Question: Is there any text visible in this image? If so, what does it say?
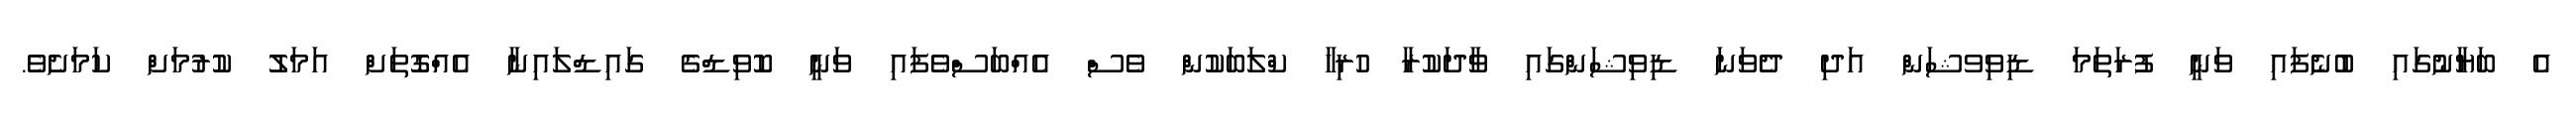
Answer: އެ ބަޔާނުގައި ބުނެފައި ވަނީ ފުރަތަމަ ޑިވިވޝަން އަދި ދެވަނަ ޑިވިޝަންގައި ވާދަކުރާ ހުރިހާ ކްލަބަކުން ވެސް އެއްބަސްވެފައި ވަނީ ކޮވިޑްގެ ގައިޑްލައިނާ އެއްގޮތަށް އަމަލު ކުރުމަށް ކަމަށެވެ.